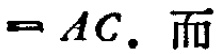
$=AC.$ 而